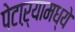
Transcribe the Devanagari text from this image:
पेटाऱ्यामध्ये